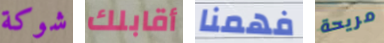
شوكة أقابلك فهمنا مريحة